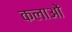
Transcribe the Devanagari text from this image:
कलाओें